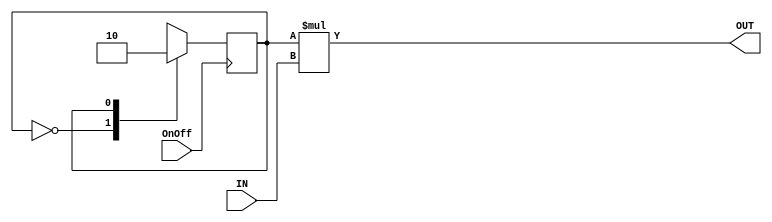
module OnOffToggle
(
		input OnOff, IN,
		output OUT
);
		reg state, nextstate;
		parameter ON =  1'b1, OFF = 1'b0;
				always @ (negedge OnOff)
					state <= nextstate;
				always @ (state)
					case(state)
						OFF:nextstate = ON;
						ON:nextstate = OFF;
					endcase
				assign OUT = state*IN;
		endmodule